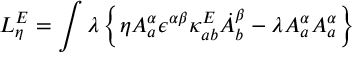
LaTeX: L _ { \eta } ^ { E } = \int \lambda \left\{ \eta A _ { a } ^ { \alpha } \epsilon ^ { \alpha \beta } \kappa _ { a b } ^ { E } \dot { A } _ { b } ^ { \beta } - \lambda A _ { a } ^ { \alpha } A _ { a } ^ { \alpha } \right\}